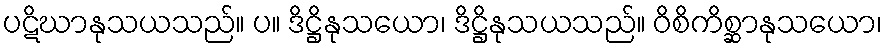
ပဋိဃာနုသယသည်။ ပ။ ဒိဋ္ဌိနုသယော၊ ဒိဋ္ဌိနုသယသည်။ ဝိစိကိစ္ဆာနုသယော၊